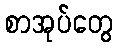
စာအုပ်တွေ